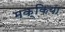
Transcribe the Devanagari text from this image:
मक्किया